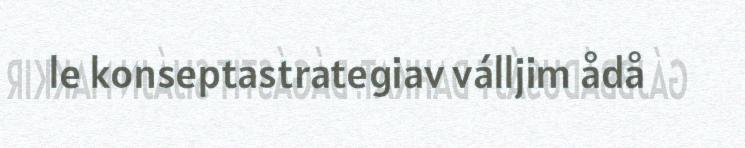
le konseptastrategiav válljim ådå